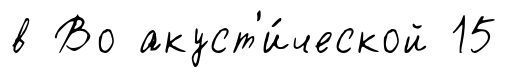
в Во акуст'и́ческой 15